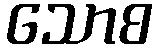
သောစ